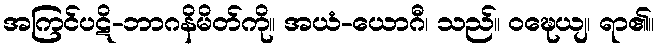
အကြင်ပဋိ-ဘာဂနိမိတ်ကို။ အယံ-ယောဂီ၊ သည်။ ဝဍ္ဎေယျ၊ ရာ၏။